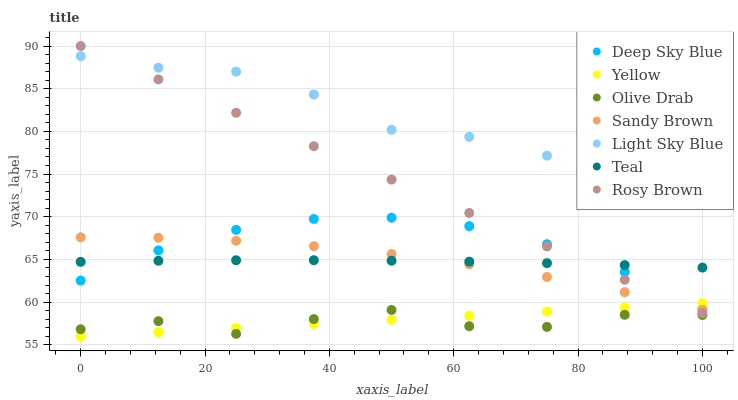
| xaxis_label | Deep Sky Blue | Yellow | Olive Drab | Sandy Brown | Light Sky Blue | Teal | Rosy Brown |
 | --- | --- | --- | --- | --- | --- | --- | --- |
 | 0 | 62.5 | 56 | 56.8 | 67.6 | 88.8 | 64.7 | 90 |
 | 12.5 | 66.1 | 56.5 | 57.8 | 67.5 | 87.5 | 64.8 | 86.1 |
 | 25 | 68.5 | 57 | 56.3 | 67.2 | 87 | 64.9 | 82.2 |
 | 37.5 | 69.7 | 57.4 | 58 | 66.6 | 84.3 | 64.9 | 78.3 |
 | 50 | 69.9 | 57.9 | 59.1 | 65.6 | 80.2 | 64.9 | 74.4 |
 | 62.5 | 68.9 | 58.4 | 57.2 | 64.4 | 79.4 | 64.7 | 70.4 |
 | 75 | 66.8 | 58.9 | 57.1 | 62.9 | 77.2 | 64.6 | 66.5 |
 | 87.5 | 63.5 | 59.4 | 58.5 | 61.2 | 76.7 | 64.3 | 62.6 |
 | 100 | 59.2 | 59.9 | 58.5 | 59.1 | 74 | 64 | 58.7 |